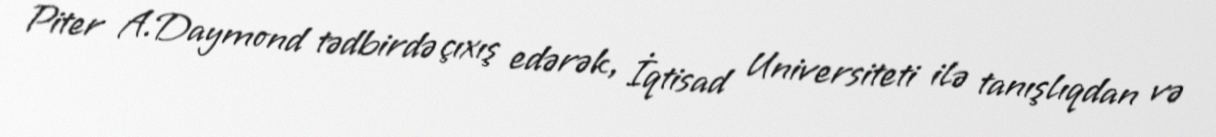
Piter A.Daymond tədbirdə çıxış edərək, İqtisad Universiteti ilə tanışlıqdan və